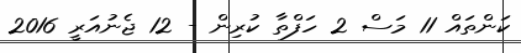
ކަންތައް 11 މަސް 2 ހަފްތާ ކުރިން - 12 ޖެނުއަރީ 2016